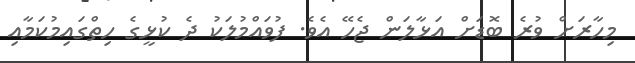
މިހާރަށް ވުރެ ބޮޑަށް އަޅާލަން ޖެހޭ އެވެ. ފުވައްމުލަކު ދެ ކުޅީގެ ހިތްގައިމުކަމާއި